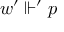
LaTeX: w ^ { \prime } \Vdash ^ { \prime } p